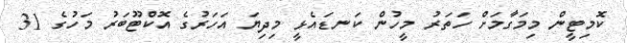
ކޮމިޓީން މިމަގާމަށް ހަތަރު މީހުން ކަނޑައެޅީ މިދިޔަ އަހަރުގެ އޮކްޓޫބަރު މަހުގެ 31